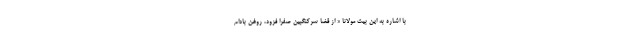
با اشاره به این بیت مولانا « از قضا سرکنگبین صفرا فزود، روغن بادام